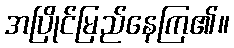
အပြိုင်မြည်နေကြ၏။